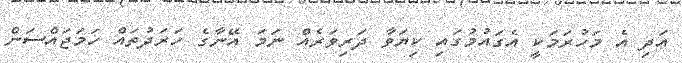
އަދި އެ މަހުރަމަކީ އެގައުމުގައި ކިޔަވާ ދަރިވަރެއް ނަމަ އޭނާގެ ހަރަދުތައް ހަމަޖައްސަން